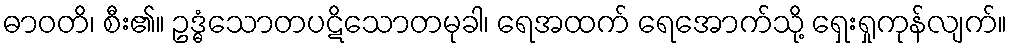
ဓာဝတိ၊ စီး၏။ ဥဒ္ဓံသောတပဋိသောတမုခါ၊ ရေအထက် ရေအောက်သို့ ရှေးရှုကုန်လျက်။